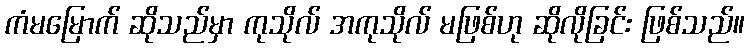
ကံမမြောက် ဆိုသည်မှာ ကုသိုလ် အကုသိုလ် မဖြစ်ဟု ဆိုလိုခြင်း ဖြစ်သည်။